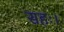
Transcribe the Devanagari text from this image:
सहः।